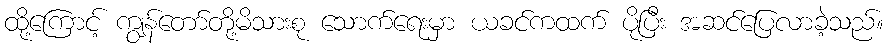
ထို့ကြောင့် ကျွန်တော်တို့မိသားစု သောက်ရေးမှာ ယခင်ကထက် ပိုပြီး အဆင်ပြေလာခဲ့သည်။